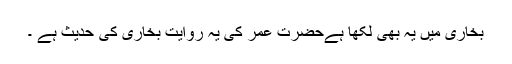
بخاری میں یہ بھی لکھا ہےحضرت عمر ؓکی یہ روایت بخاری کی حدیث ہے ۔